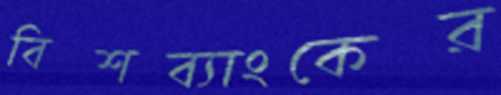
বিশব্যাংকের